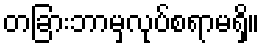
တခြားဘာမှလုပ်စရာမရှိ။